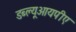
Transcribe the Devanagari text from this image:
डब्ल्यूआयपीए